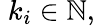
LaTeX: \; k_{i}\in\mathbb{N},